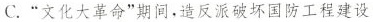
C.”文化大革命”期间，造反派破坏国防工程建设